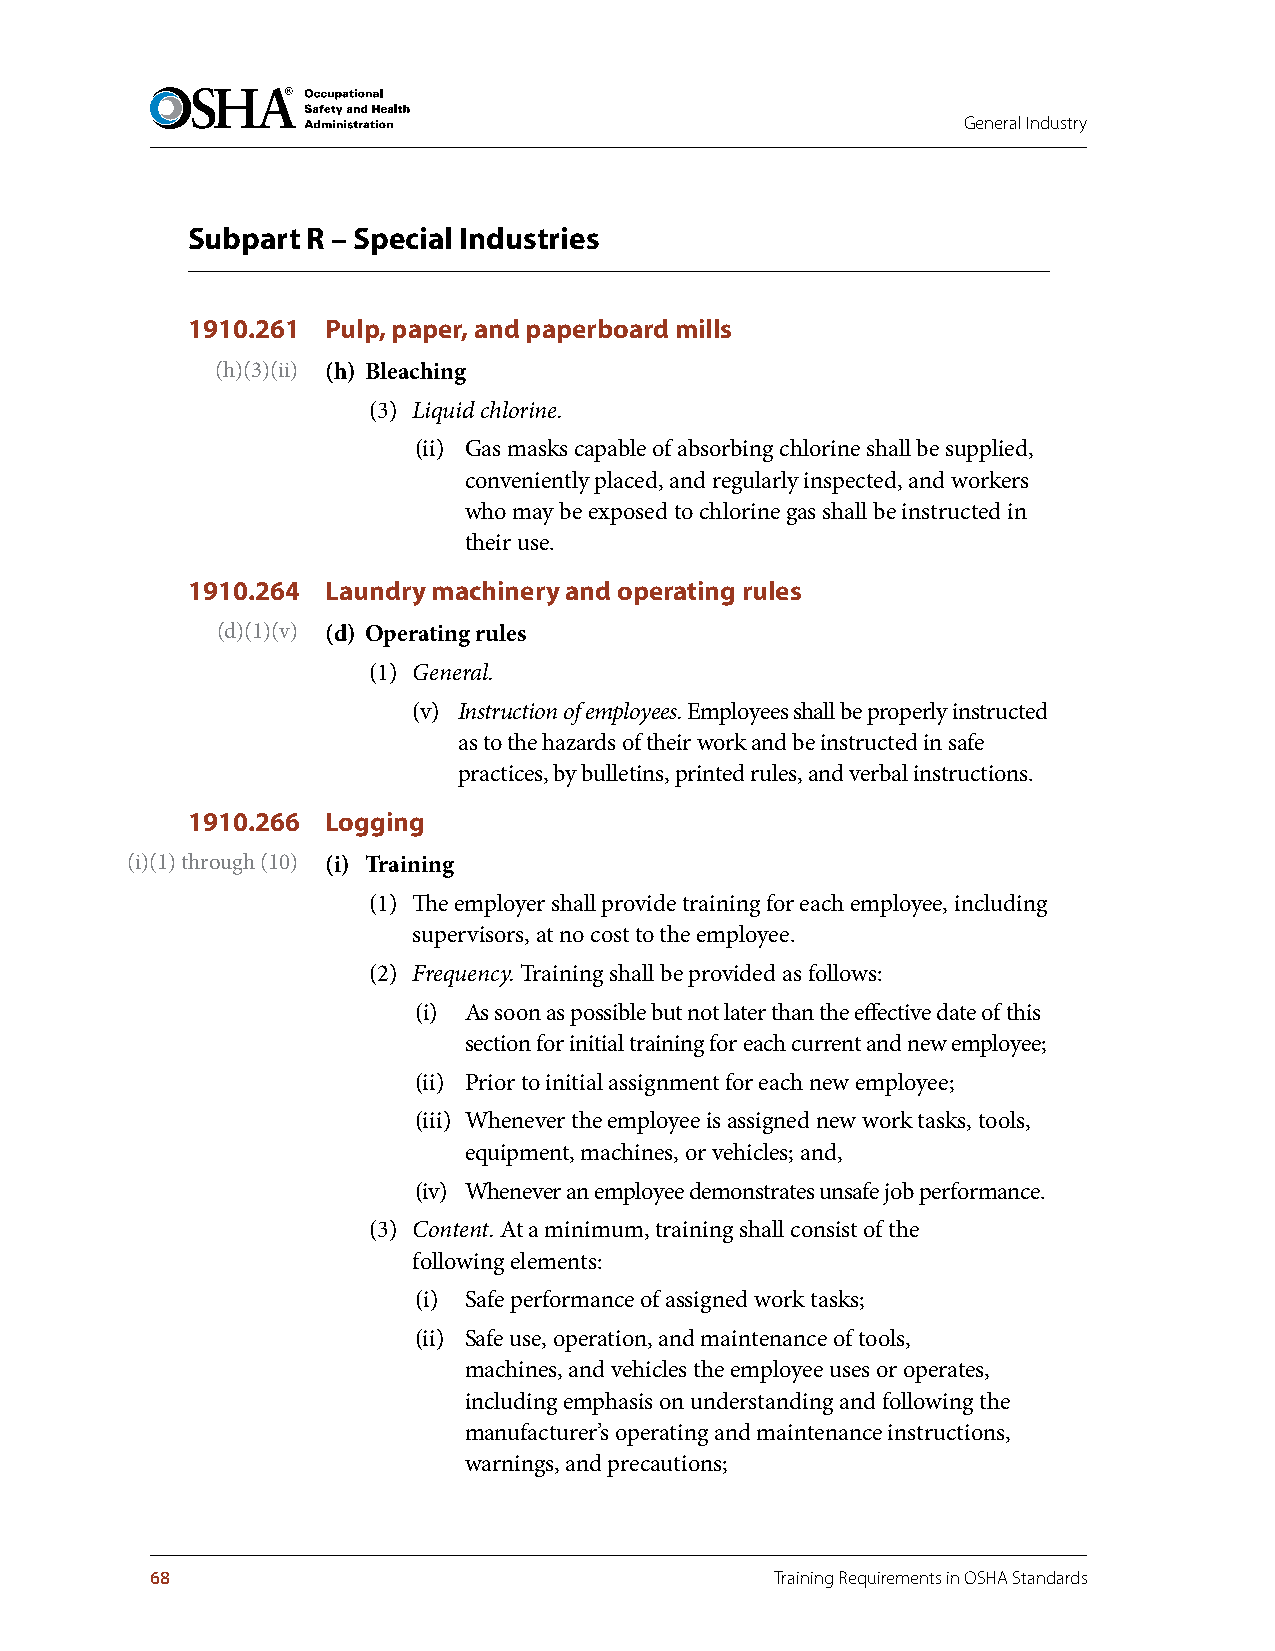
General Industry
 Subpart R – Special Industries
 1910.261  Pulp, paper, and paperboard mills
 (h)(3)(ii) (h) Bleaching
 (3) Liquid chlorine.
 (ii) Gas masks capable of absorbing chlorine shall be supplied,
 conveniently placed, and regularly inspected, and workers
 who may be exposed to chlorine gas shall be instructed in
 their use.
 1910.264  Laundry machinery and operating rules
 (d)(1)(v) (d) Operating rules
 (1) General.
 (v) Instruction of employees. Employees shall be properly instructed
 as to the hazards of their work and be instructed in safe
 practices, by bulletins, printed rules, and verbal instructions.
 1910.266  Logging
 (i)(1) through (10) (i) Training
 (1) The employer shall provide training for each employee, including
 supervisors, at no cost to the employee.
 (2) Frequency. Training shall be provided as follows:
 (i) As soon as possible but not later than the effective date of this
 section for initial training for each current and new employee;
 (ii) Prior to initial assignment for each new employee;
 (iii) Whenever the employee is assigned new work tasks, tools,
 equipment, machines, or vehicles; and,
 (iv) Whenever an employee demonstrates unsafe job performance.
 (3) Content. At a minimum, training shall consist of the
 following elements:
 (i) Safe performance of assigned work tasks;
 (ii) Safe use, operation, and maintenance of tools,
 machines, and vehicles the employee uses or operates,
 including emphasis on understanding and following the
 manufacturer’s operating and maintenance instructions,
 warnings, and precautions;
 68                                       Training Requirements in OSHA Standards